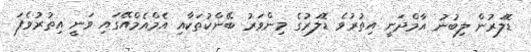
ޑޮލަރުން ލިބުނު އާމްދަނީ އިތުރުވެ ޑޮލަރުގެ މިންވަރު ބޭންކުތަކާއި އެމްއެމްއޭގައި ވަނީ އިތުރުވެފަ